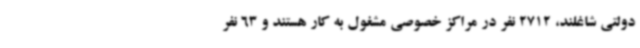
دولتی شاغلند، 2712 نفر در مراکز خصوصی مشغول به کار هستند و 63 نفر